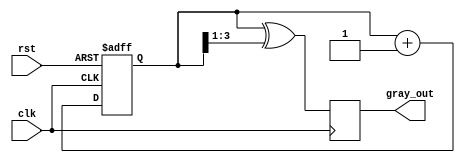
module gray_code_counter (
    input wire clk,
    input wire rst,
    output reg [N-1:0] gray_out
);
    parameter N = 4; // Number of bits for the counter

    // Internal binary counter
    reg [N-1:0] bin_count;

    // Binary to Gray code conversion
    function [N-1:0] bin_to_gray;
        input [N-1:0] binary;
        begin
            bin_to_gray = binary ^ (binary >> 1);
        end
    endfunction

    // Sequential logic for binary counting
    always @(posedge clk or posedge rst) begin
        if (rst) begin
            bin_count <= 0; // Reset binary counter
        end else begin
            bin_count <= bin_count + 1; // Increment binary counter
        end
    end

    // Update Gray code output
    always @(posedge clk) begin
        gray_out <= bin_to_gray(bin_count); // Convert binary to Gray code
    end

endmodule